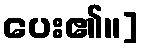
ပေး၏။]